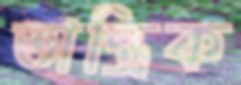
তান্ত্রিক